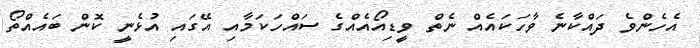
އެހެންވެ ދައްކާނެ ވާހަކައެއް ނެތް ވީޑިއޯއެއްގެ ސައްހަކަމާއި އޭގައި އުޅެނީ ކޮން ބައެއްތޯ